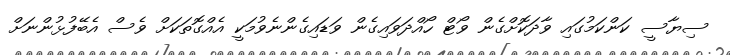
ސިޔާސީ ކަންކަމުގައި ވާދަކޮށްގެން ވޯޓް ހޯއްދަވައިގެން ވަޑައިގެންނެވުމަކީ އެއްގޮތަކަށް ވެސް އެބޭފުޅުންނަށް